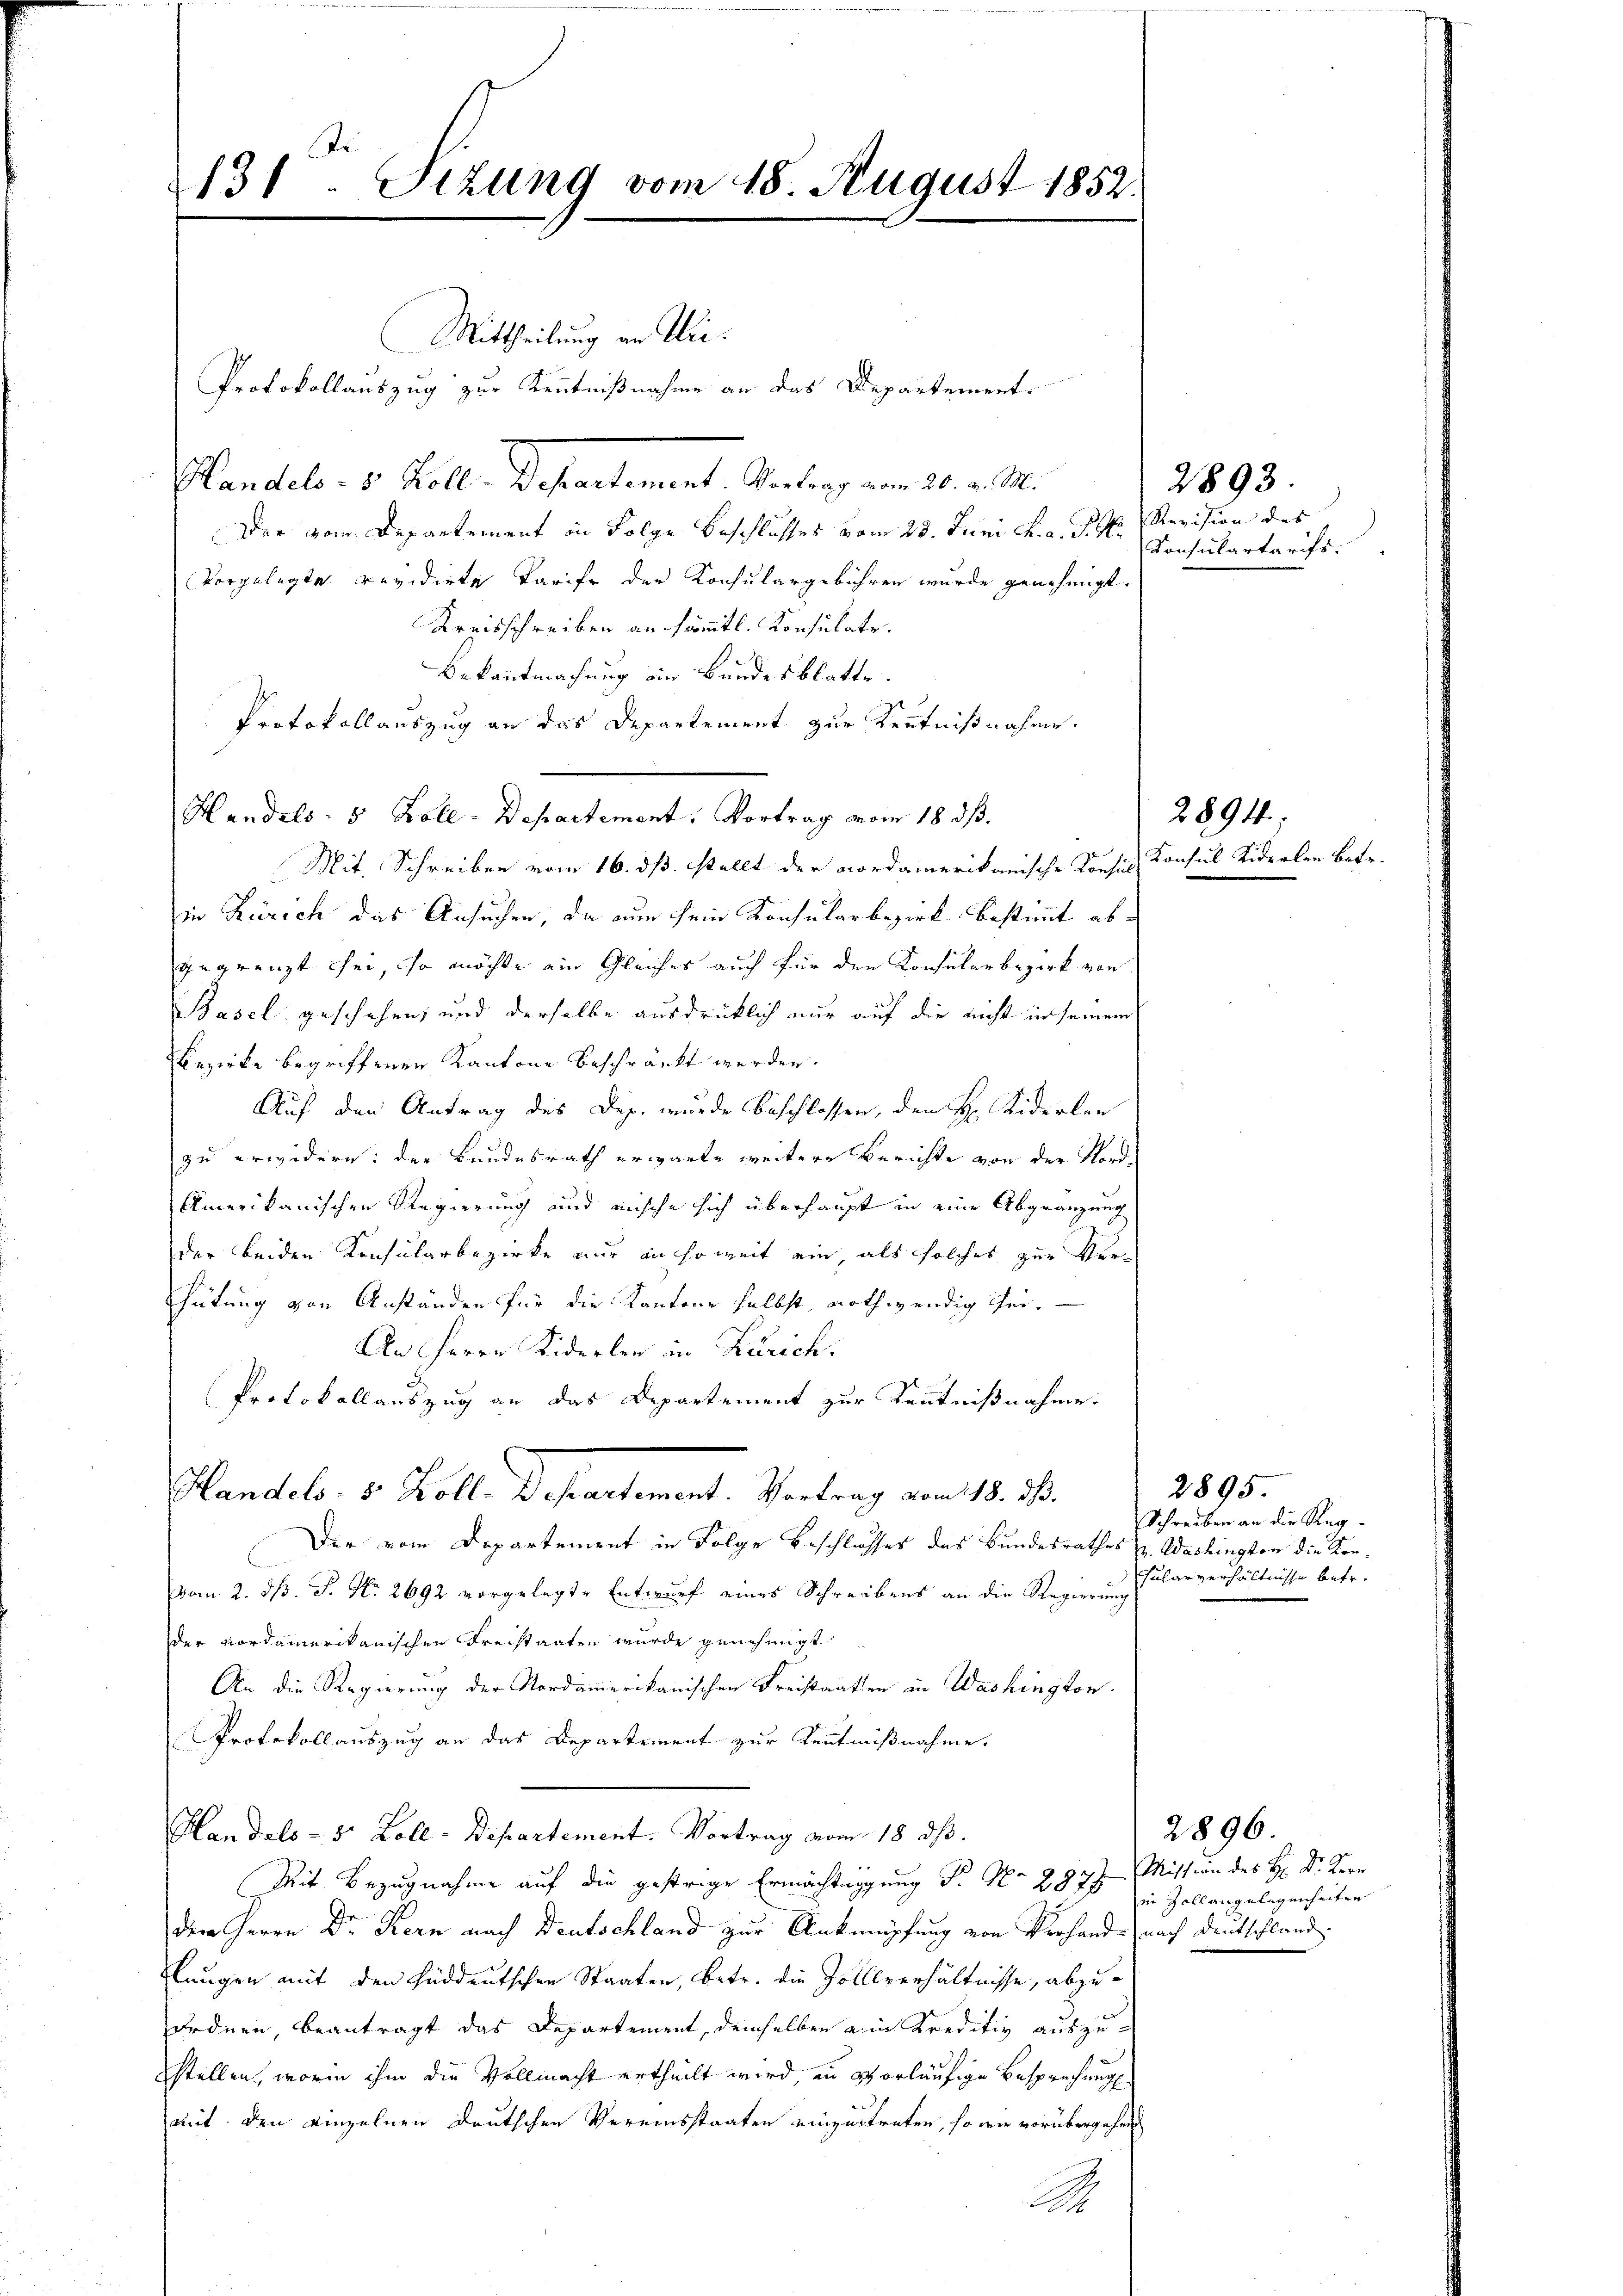
131. Sizung vom 18. August 1852.

Protokollauszug zur Kenntnißnahme an das Departement.

Handels- 5 Zoll-Departement. Vortrag vom 18. ds.

Mittheilung an Wie¬
Plandels- 5. Koll. Departement. Vortrag vom 20. v. M.
Der vom Departement in Folge Beschlusses vom 23. Juni v. a. d. M
vorgelegte revidirte Tarife der Konsulargebühren wurde genehmigt.
Kreisschreiben an sämmtl. Konsulate.
Bekanntmachung ein Bundesblatte.
Protokollauszug an das Departement zur Kenntnißnahme.
Mit. Schreiben vom 16. ds. stellt der nordamerikanische Konsis Konsul Siderlen betr.
in Zürich das Ansuchen, da nun sein Konsularbezirk bestimmt ab-
gegrenzt sei, so möchte ein Gleiches auch für den Konsularbezirk von
Basel geschehen, und derselbe ausdrücklich nur auf die nicht in seinem
Bezirke begriffenen Kantone beschränkt werden.
Auf den Antrag des Dep. wurde beschlossen, den H. Kiderler
zu erwidern: der Bundesrath erwarte weitere Berichte von der Nord¬
Amerikanischen Regierung und mische sich überhaupt in eine Abgränzung
der beiden Konsularbezirke nur an soweit ein als solches zur Verhütung von Anständen für die Kantone selbst, nothwendig sei.
An Herrn Kiderler in Zürich.
Protokollauszug an das Departement zur Kenntnißnahme.
Plandels. v. Kolle Departement. Vertrag vom 18. d.
Der vom Departement in Folge Beschlosses des Bundesrathes zu. Washington die Korvom 2. ds. S. Nr. 2692 vorgelegte Entwurf eines Schreibens an die Regierung
der Nordamerikanischen Freistaaten wurde genehmigt.
An die Regierung der Nordamerikanischen Freistaaten in Washington
Protokollauszug an das Departement zur Kenntnißnahme.
Handels- 5 Zoll-Departement. Vortrag vom 18. ds.
Mit Bezugnahme auf die gestrige Ermächtigung Fr. No 2877
dem Herrn Dr. Kern nach Deutschland zur Anknüpfung von Verhandnach Deutschland,
lungen mit den süddeutschen Staaten, betr. die Zolllverhältnisse, abzuordnen, beantragt das Departement, demselben ein Kreditiv auszusstellen, worin ihm die Vollmacht ertheilt wird, in vorläufige Besprechung
mit den einzelnen deutschen Vereinsstaaten einzustreten, so wie vorübergehen
A

2893
Revision des
Konsulartarifs.

2894;

2895.
Schreiben an die Reg¬
Fularverhältnisse betr.

2896
Mission des H: Dr. Kern
in Zoll angelegenheiten